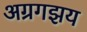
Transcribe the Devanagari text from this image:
अग्रगझय